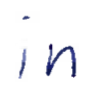
Text: in
Cross-out: clean
Writing tool: ballpoint